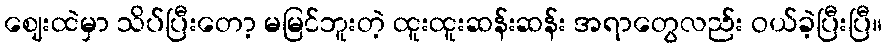
ဈေးထဲမှာ သိပ်ပြီးတော့ မမြင်ဘူးတဲ့ ထူးထူးဆန်းဆန်း အရာတွေလည်း ဝယ်ခဲ့ပြီးပြီ။